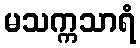
မသက္ကသာရံ